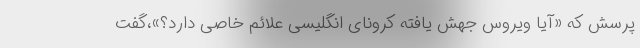
پرسش که «آیا ویروس جهش یافته کرونای انگلیسی علائم خاصی دارد؟»،گفت